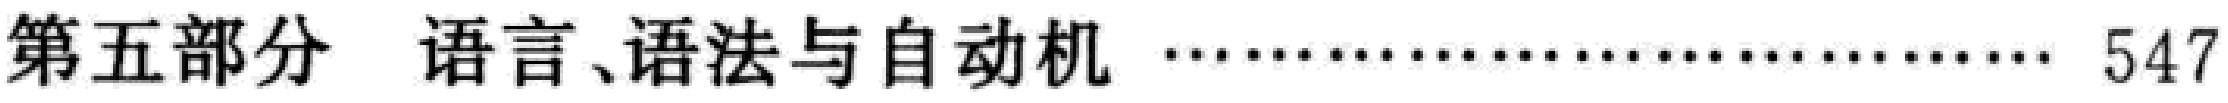
第五部分 语言、语法与自动机 \ldots\ldots\ldots\ldots\ldots\ldots\ldots\ldots\ldots\ldots\ldots 547